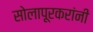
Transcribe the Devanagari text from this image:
सोलापूरकरांनी